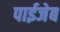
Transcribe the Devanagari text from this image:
पाईजेब